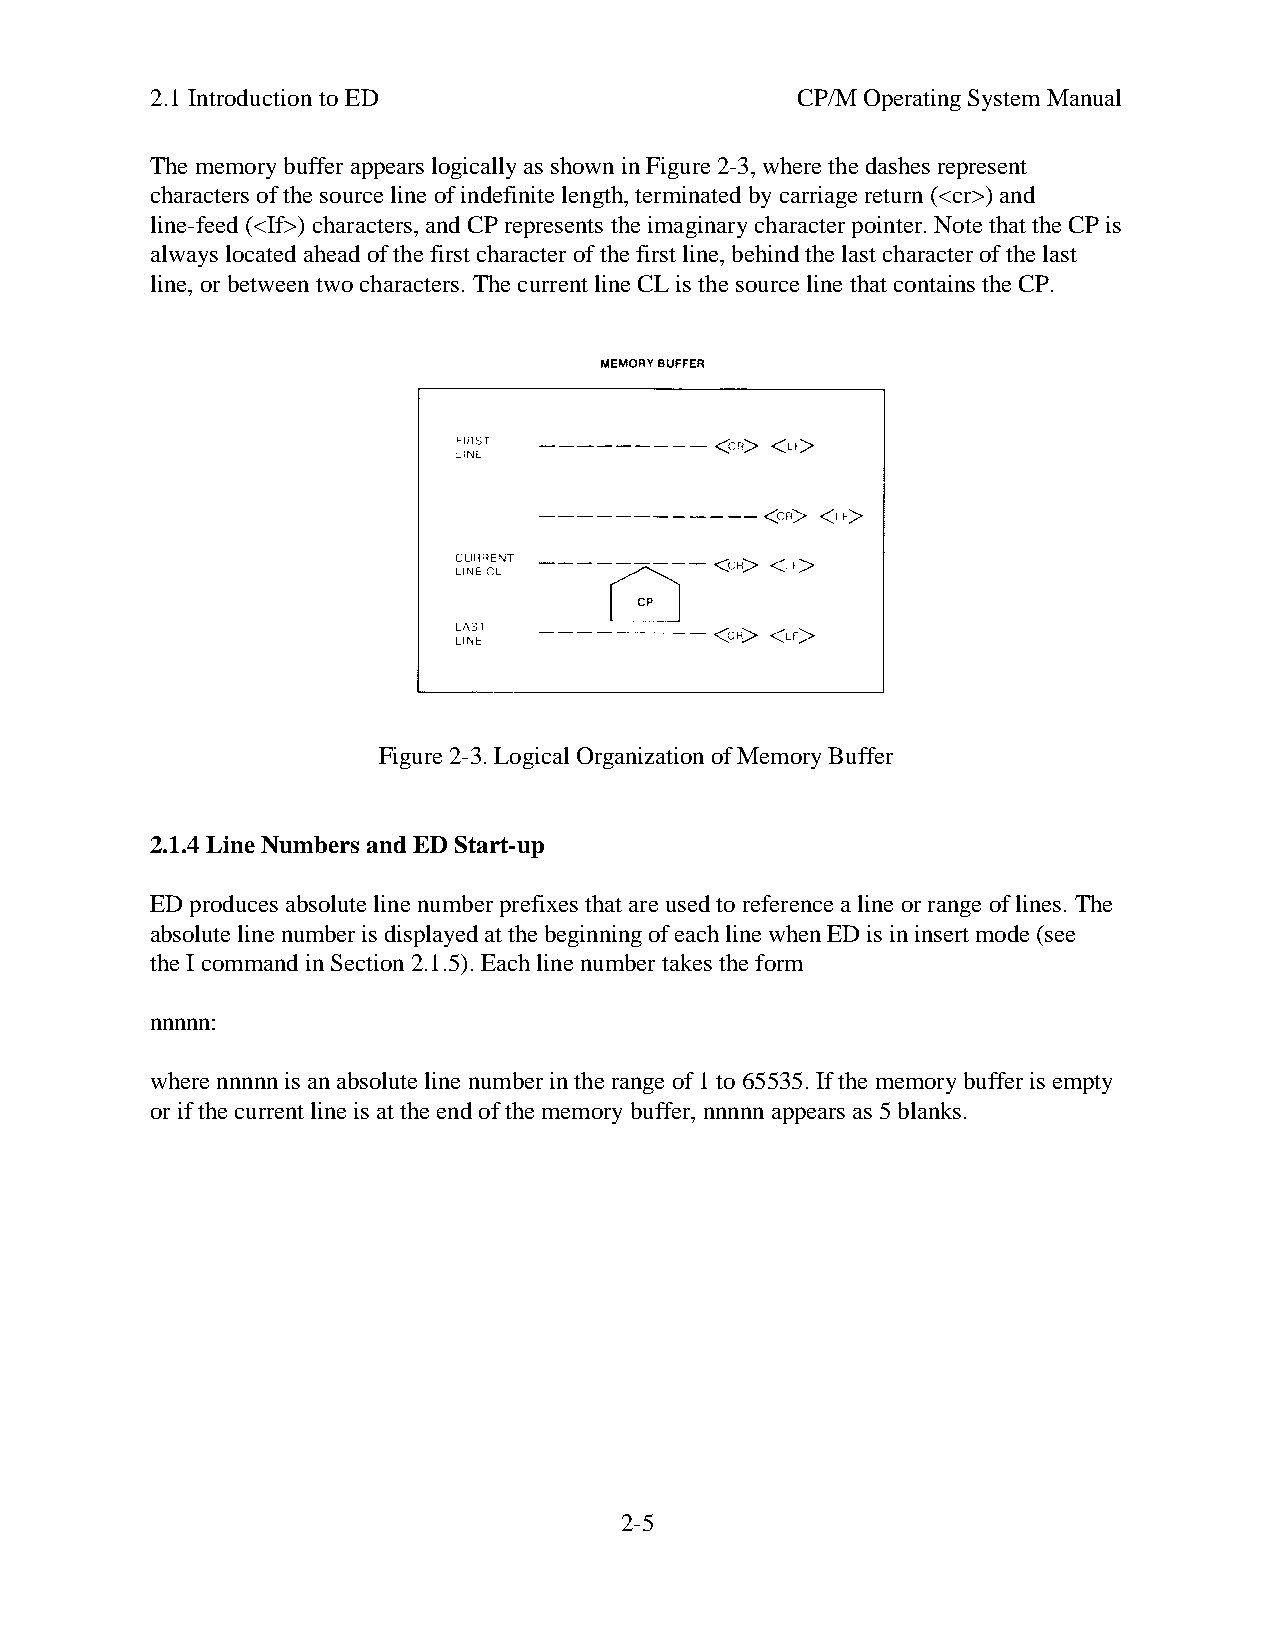
2.1 Introduction to ED                     CP/M Operating System Manual
 The memory buffer appears logically as shown in Figure 2-3, where the dashes represent
 characters of the source line of indefinite length, terminated by carriage return (<cr>) and
 line-feed (<If>) characters, and CP represents the imaginary character pointer. Note that the CP is
 always located ahead of the first character of the first line, behind the last character of the last
 line, or between two characters. The current line CL is the source line that contains the CP.
 Figure 2-3. Logical Organization of Memory Buffer
 2.1.4 Line Numbers and ED Start-up
 ED produces absolute line number prefixes that are used to reference a line or range of lines. The
 absolute line number is displayed at the beginning of each line when ED is in insert mode (see
 the I command in Section 2.1.5). Each line number takes the form
 nnnnn:
 where nnnnn is an absolute line number in the range of 1 to 65535. If the memory buffer is empty
 or if the current line is at the end of the memory buffer, nnnnn appears as 5 blanks.
 2-5